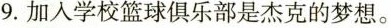
9.加入学校篮球俱乐部是杰克的梦想。